Rangoon Lunatic Asylum 1898-1906 - 1898-1906
Year: 1898
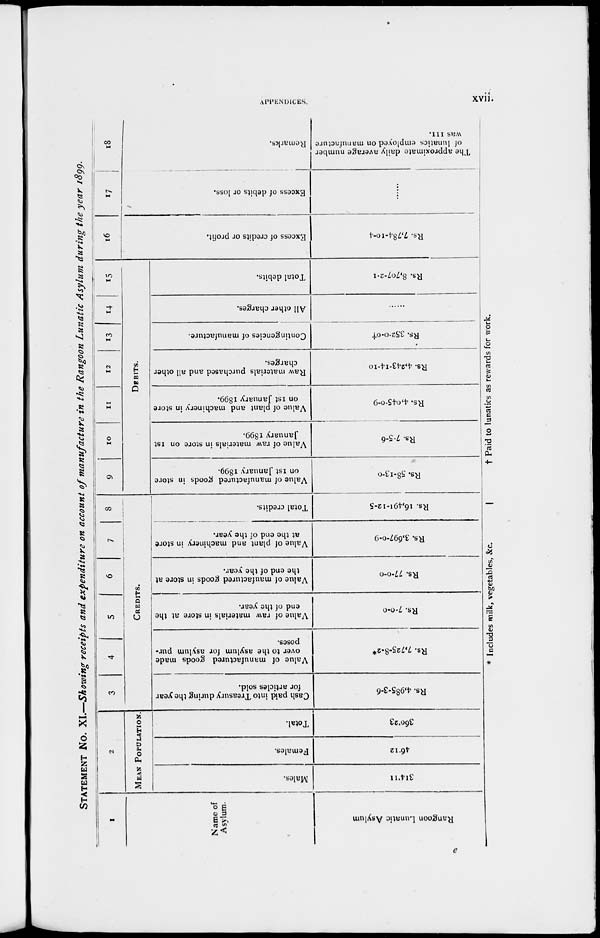
APPENDICES.
xvii.
STATEMENT No. XI—Showing receipts and expenditure on account of manufacture in the Rangoon Lunatic Asylum during the year 1899.
I
Name of
Asylum.
Rangoon Lunatic Asylum
2
Mean Population.
Males.
314.11
Females.
46.12
Total.
360.23
3
4
5
6
7
8
Credits.
Cash paid into Treasury during the year
for articles sold.
Rs. 4,985-3-6
Value of manufactured goods made
over to the asylum for asylum pur-
poses.
Rs. 7,725-8-2*
Value of raw materials in store at the
end of the year.
Rs. 7-0-0
Value of maufactured goods in store at
the end of the year.
Rs. 77-0-0
Value of plant and machinery in store
at the end of the year.
Rs. 3,697-0-9
Total credits.
Rs. 16,491-12-5
9
10
11
12
13
14
15
Debits.
Value of manufactured goods in store
on 1st January 1899.
Rs. 58-13-0
Value of raw materials in store on 1st
January 1899.
Rs. 7-5-6
Value of plant and machinery in store
on 1st January 1899.
Rs. 4,045-0-9
Raw materials purchased and all other
charges.
Rs. 4,243-14-10
Contingencies of manufacture.
Rs. 352-0-0†
All other charges.
......
Total debits.
Rs. 8,707-2-1
16
Excess of credits or profit.
Rs. 7,784-10-4
17
Excess of debits or loss.
......
18
Remarks.
The approximate daily average number
of lunatics employed on manufacture
was III.
e
* Includes milk, vegetables, &c.
† Paid to lunatics as rewards for work.